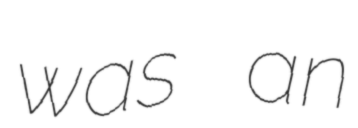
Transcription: was an